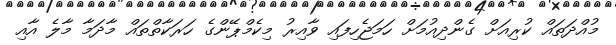
މުއްދަތައް ކުރިއަށް ގެންދިއުމަށް ހަމަޖެހިފައި ވާއިރު މިކެމްޕޭންގެ ހަރަކާތްތައް މާދަމާ މާލެ އާއި